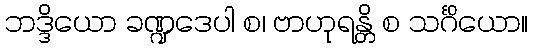
ဘဒ္ဒိယော ခဏ္ဍဒေပါ စ၊ ဗာဟုရန္တိ စ သင်္ဂိယော။